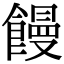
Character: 饅